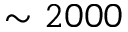
\sim 2 0 0 0